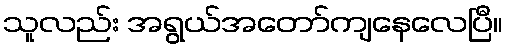
သူလည်း အရွယ်အတော်ကျနေလေပြီ။